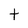
Character: t